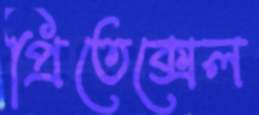
প্রিতেক্সেল